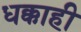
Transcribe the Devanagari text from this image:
धक्काही